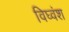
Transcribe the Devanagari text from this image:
विघ्वंश